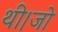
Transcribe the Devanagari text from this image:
थी।जो